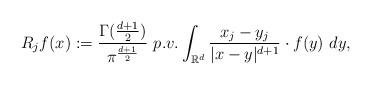
LaTeX: \begin{align*}R_{j}f(x):=\frac{\Gamma(\frac{d+1}{2})}{\pi^{\frac{d+1}{2}}}\ p.v.\int_{\mathbb R^d}\frac{x_{j}-y_{j}}{|x-y|^{d+1}}\cdot f(y)\ dy,\end{align*}